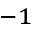
^ { - 1 }